Scientific memoirs by medical officers of the Army of India - Part X,
Year: 1897
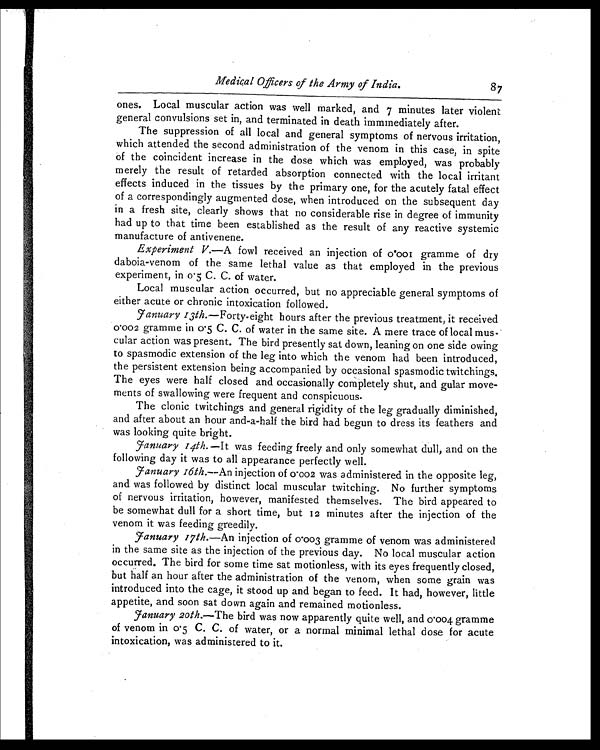
Medical Officers of the Army of India. 8 7
ones. Local muscular action was well marked, and 7 minutes later violent
general convulsions set in, and terminated in death immmediately after.
The suppression of all local and general symptoms of nervous irritation,
which attended the second administration of the venom in this case, in spite
of the coincident increase in the dose which was employed, was probably
merely the result of retarded absorption connected with the local irritant
effects induced in the tissues by the primary one, for the acutely fatal effect
of a correspondingly augmented dose, when introduced on the subsequent day
in a fresh site, clearly shows that no considerable rise in degree of immunity
had up to that time been established as the result of any reactive systemic
manufacture of antivenene.
Experiment V.—A fowl received an injection of 0.001 gramme of dry
daboia-venom of the same lethal value as that employed in the previous
experiment, in 0.5 C. C. of water.
Local muscular action occurred, but no appreciable general symptoms of
either acute or chronic intoxication followed.
January 13th. —Forty-eight hours after the previous treatment, it received
0.002 gramme in 0.5 C. C. of water in the same site. A mere trace of local mus-
cular action was present. The bird presently sat down, leaning on one side owing
to spasmodic extension of the leg into which the venom had been introduced,
the persistent extension being accompanied by occasional spasmodic twitchings.
The eyes were half closed and occasionally completely shut, and gular move-
ments of swallowing were frequent and conspicuous.
The clonic twitchings and general rigidity of the leg gradually diminished,
and after about an hour and-a-half the bird had begun to dress its feathers and
was looking quite bright.
January 14th. —It was feeding freely and only somewhat dull, and on the
following day it was to all appearance perfectly well.
January 16th.—An injection of 0.002 was administered in the opposite leg,
and was followed by distinct local muscular twitching. No further symptoms
of nervous irritation, however, manifested themselves. The bird appeared to
be somewhat dull for a short time, but 12 minutes after the injection of the
venom it was feeding greedily.
January 17th. —An injection of 0.003 gramme of venom was administered
in the same site as the injection of the previous day. No local muscular action
occurred. The bird for some time sat motionless, with its eyes frequently closed,
but half an hour after the administration of the venom, when some grain was
introduced into the cage, it stood up and began to feed. It had, however, little
appetite, and soon sat down again and remained motionless.
January 20th.—The bird was now apparently quite well, and 0.004 gramme
of venom in 0.5 C. C. of water, or a normal minimal lethal dose for acute
intoxication, was administered to it.